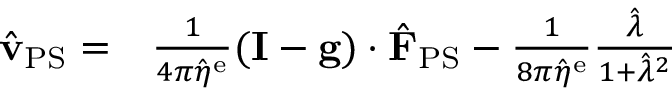
\begin{array} { r l } { \hat { \mathbf { v } } _ { \mathrm { P S } } = } & { { } \frac { 1 } { 4 \pi \hat { \eta } ^ { \mathrm { e } } } ( \mathbf { I } - \mathbf { g } ) \cdot \hat { \mathbf { F } } _ { \mathrm { P S } } - \frac { 1 } { 8 \pi \hat { \eta } ^ { \mathrm { e } } } \frac { \hat { \lambda } } { 1 + \hat { \lambda } ^ { 2 } } } \end{array}